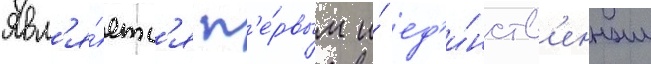
Явл'я́етс'я п'е́рвым и́ ед'и́нств'енным